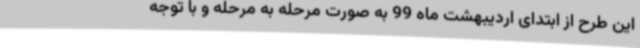
این طرح از ابتدای اردیبهشت ماه 99 به صورت مرحله به مرحله و با توجه